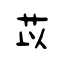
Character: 苡